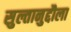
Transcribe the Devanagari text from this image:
सुल्तानुद्दौला